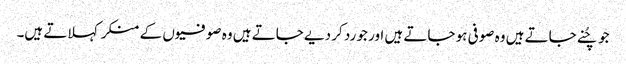
جو چُنے جاتے ہیں وہ صوفی ہو جاتے ہیں اور جو رد کر دیے جاتے ہیں وہ صوفیوں کے منکر کہلاتے ہیں۔